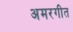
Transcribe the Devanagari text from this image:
अमरगीत